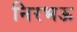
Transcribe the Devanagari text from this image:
निरभऊ